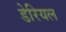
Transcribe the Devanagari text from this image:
डेरियल